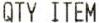
QTY ITEM